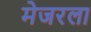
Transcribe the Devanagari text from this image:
मेजरला